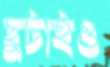
ছুটাইও